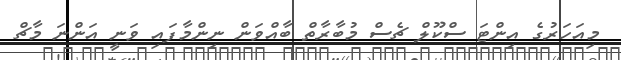
މިއަހަރުގެ އިންޓަ ސްކޫލް ޗެސް މުބާރާތް ބާއްވަން ނިންމާފައި ވަނީ އަންނަ މާޗް